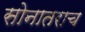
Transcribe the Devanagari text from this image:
सोनातराच